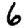
Digit: 6